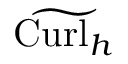
\widetilde { \mathrm { C u r l } _ { h } }